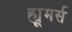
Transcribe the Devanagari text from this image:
ह्यूमर्स